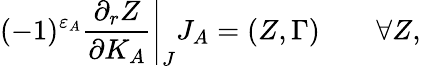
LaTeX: (-1)^{\varepsilon_{A}}\left.{\frac{\partial_{r}Z}{\partial K_{A}}}\right|_{J}J_{A}=(Z,\Gamma)\quad\quad\forall Z,